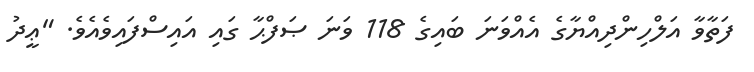
ފަތާވާ އަލްހިންދިއްޔާގެ އެއްވަނަ ބައިގެ 118 ވަނަ ޞަފްޙާ ގައި އައިސްފައިވެއެވެ. "ޢީދު